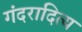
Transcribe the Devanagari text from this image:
गंदरादित्य